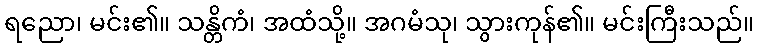
ရညော၊ မင်း၏။ သန္တိကံ၊ အထံသို့။ အဂမံသု၊ သွားကုန်၏။ မင်းကြီးသည်။